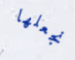
نجعلها